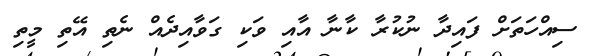
ސިއްހަތަށް ފައިދާ ނުކުރާ ކާނާ އާއި ވަކި ގަވާއިދެއް ނެތި އޭތި މީތި